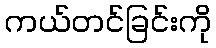
ကယ်တင်ခြင်းကို